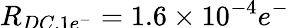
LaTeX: \smash{R_{DC,1e^{-}}}=1.6\times 10^{-4}e^{-}